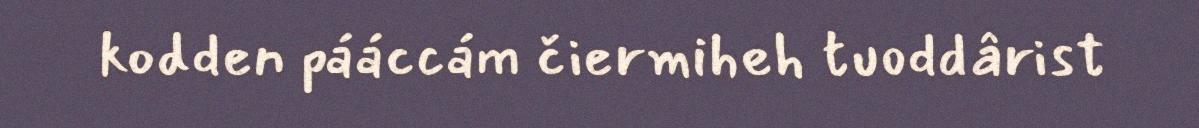
kodden pááccám čiermiheh tuoddârist